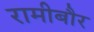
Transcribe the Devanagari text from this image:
रामीबौर